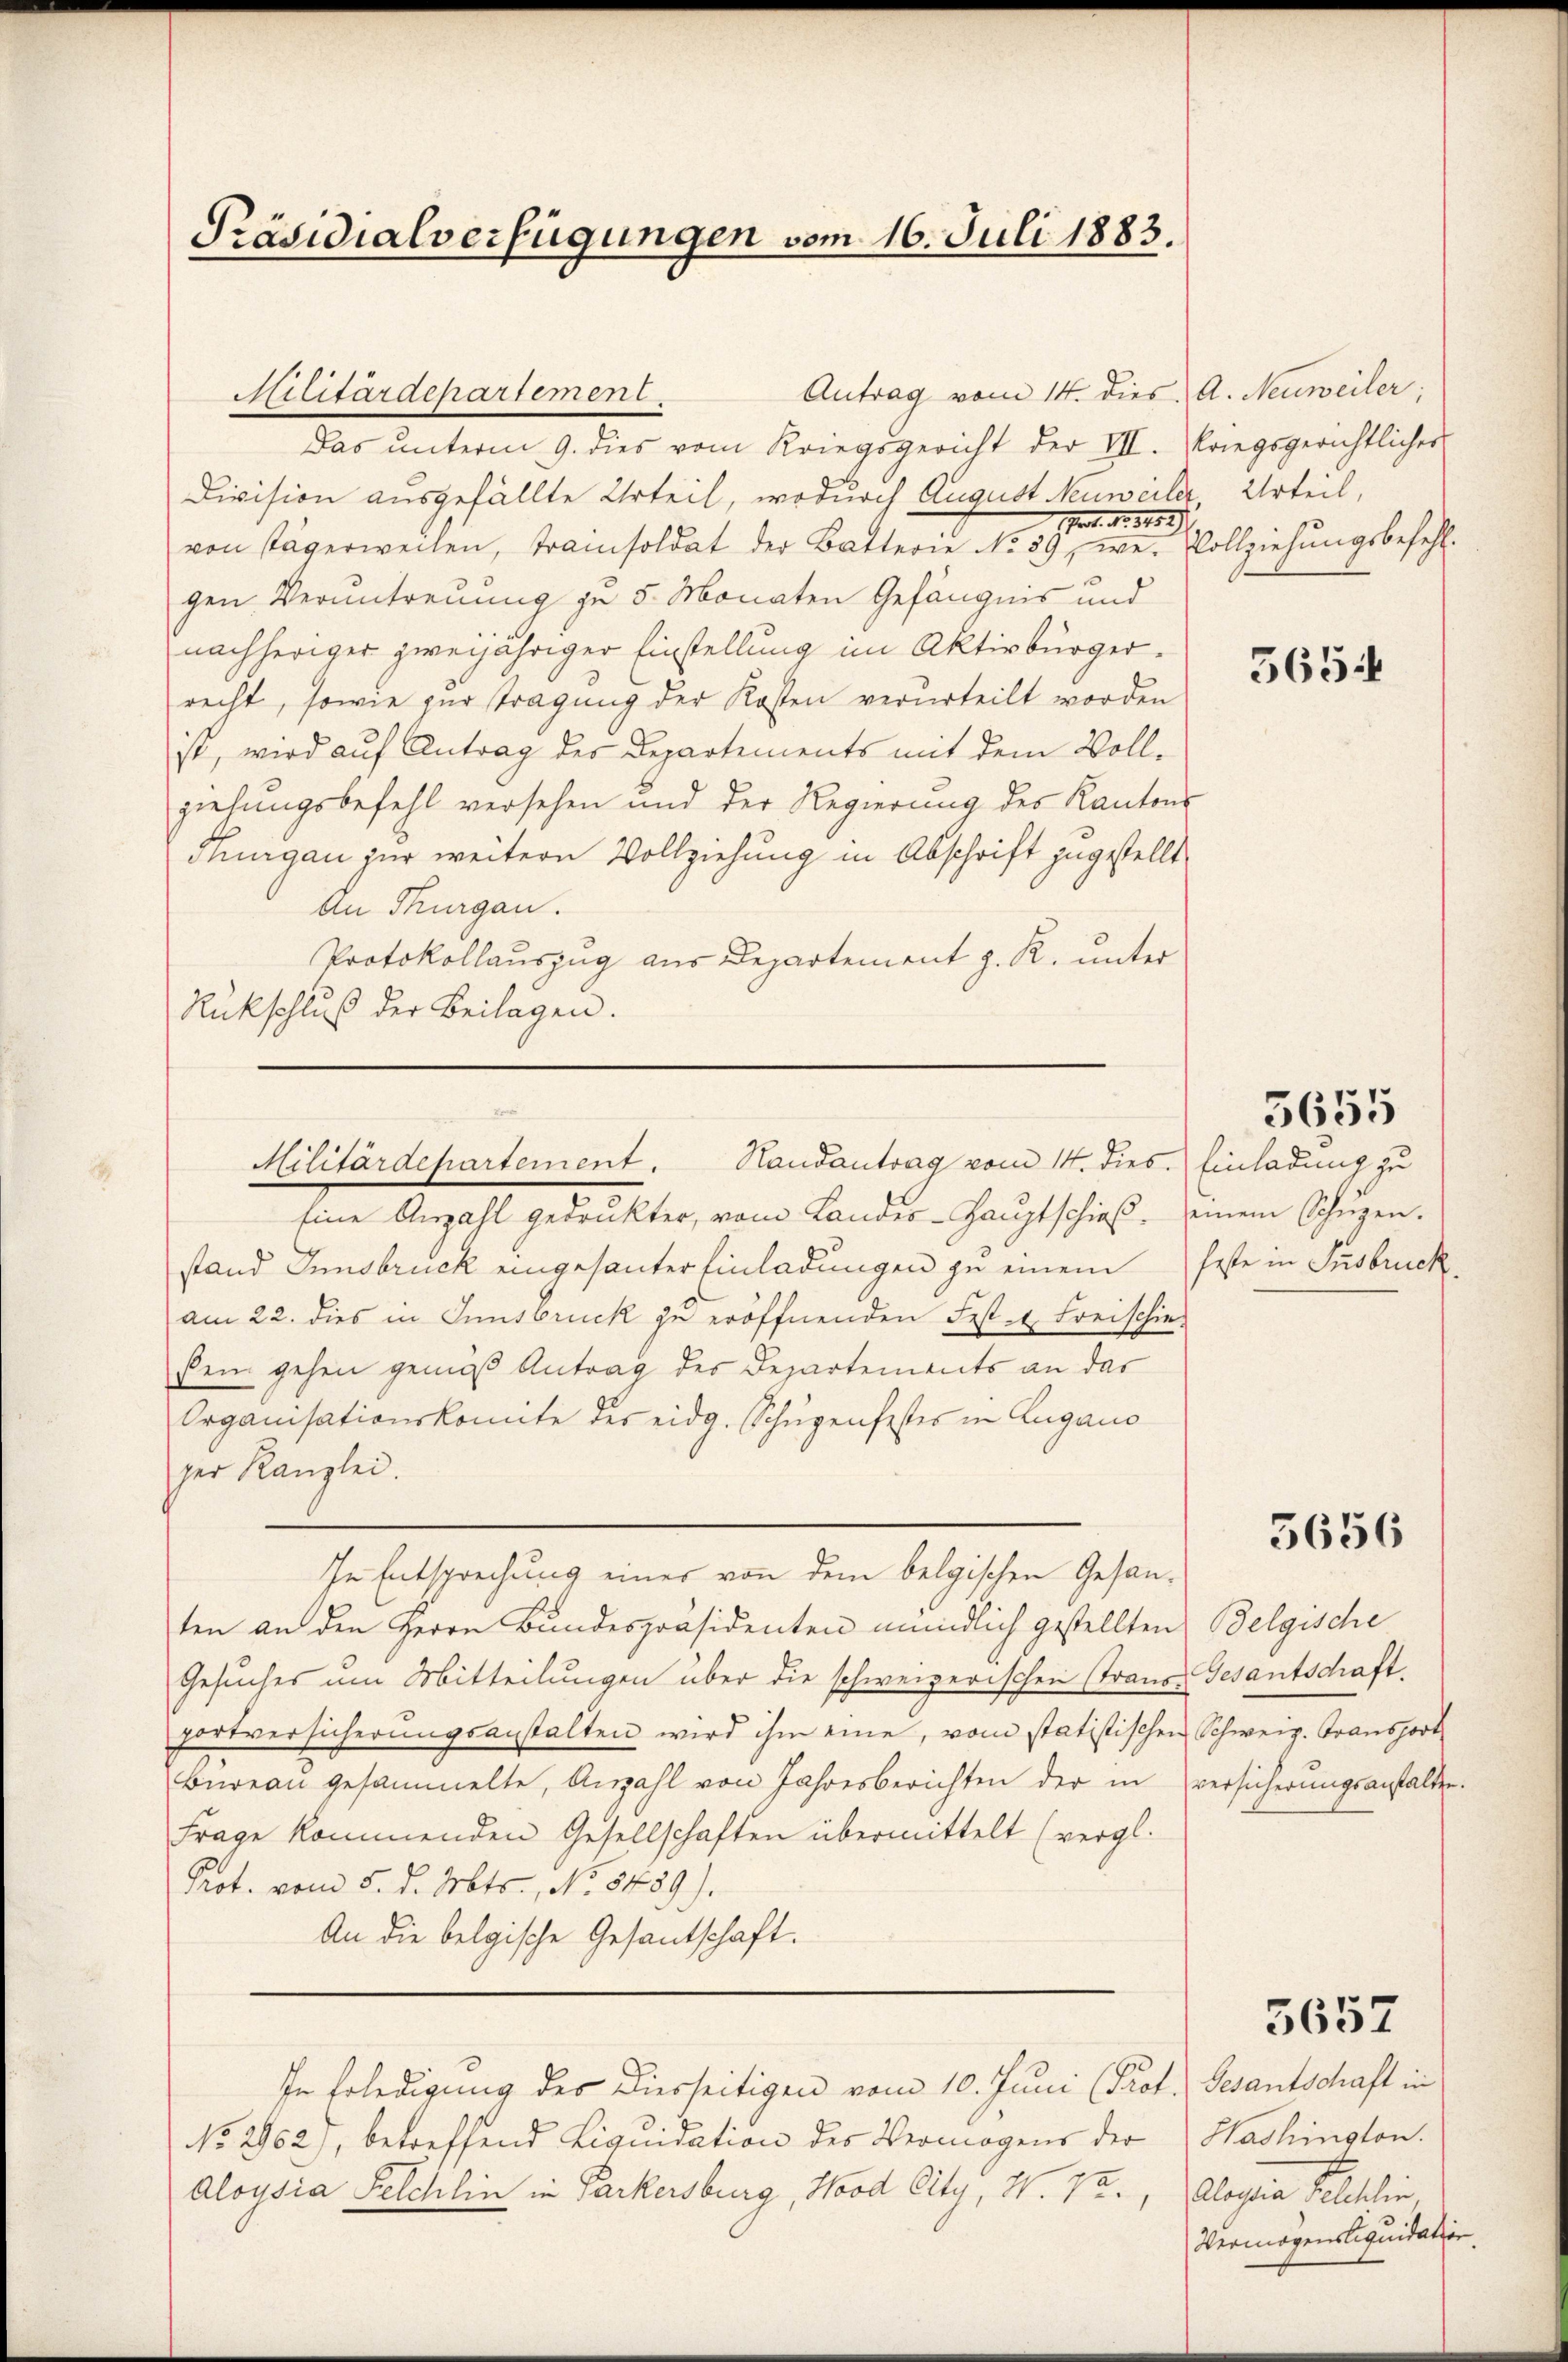
Präsidialverfügungen vom 16. Juli 1883.

Das unterm 9. dies vom Kriegsgericht der VII. Kriegsgerichtlicher
Division ausgefällte Urteil, wodurch August Neuweiler Urteil,
rat. N. 1182)
von stägerweilen, trainsoldat der Batterie No 59, wei Vollziehungsbefehl
gen Verantreuung zu 5 Monaten Gefängnis und
nachheriger zweijähriger Einstellung im Aktivbürgerrecht, sowie zur tragung der Kosten verurteilt worden
ist, wird auf Antrag des Departements mit dem Vollziehungsbefehl versehen und der Regierung des Kantons
Thurgau zur weitern Vollziehung in Abschrift zugestellt,
An Thurgau.
Protokollauszug aus Departement z. R. unter
Rückschluß der Beilagen.

Militärdepartement

Eine Anzahl gedrukter, vom Landes-Haŭptschieβ einem Schüzen.
stand Innsbruck eingesanter Einladungen zu einem feste in Insbruck
am 22. dies in Innsbruck zu eröffnenden Fest- & Freischie-
sein gehen gemäß Antrag des Departements an das
Organisationskomite des eidg. Schupenfestes in Lugano
per Kanzlei.
In Entsprechung einer von dem belgischen Gesanten an den Herrn Bundespräsidenten mündlich gestellten Belgische
Gesuches um Mitteilungen über die schweizerischen Strans Gesantschaft.
portversicherungsanstalten wird ihm eine, vom statistischen Schweiz. Gransport
Bureau gesammelte, Anzahl von Jahresberichten der in versicherungsanstalten.
Frage kommenden Gesellschaften übermittelt (vergl.
Prot. vom 5. d. Mts., No 8459).
An die belgische Gesantschaft.
In Erledigung des Diesseitigen vom 10. Juni (Prof. Gesantschaft in
No. 2962), betreffend Liqŭidation des Vermögens der Hadlington.
Aloysia Felchlin in Parkersburg, Wood City, W. Vr., Aloysia Felchlin,

Antrag vom 14. dies A. Neuweiler;

Militärdepartement. Handantrag vom 14. dies. Einladung zu

5654

5655

5656

5657

Vermögensliquidation.